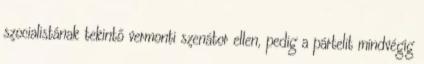
szocialistának tekintő vermonti szenátor ellen, pedig a pártelit mindvégig